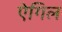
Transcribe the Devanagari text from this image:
ऐगिल